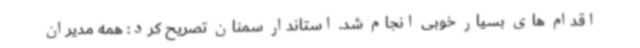
اقدام های بسیار خوبی انجام شد. استاندار سمنان تصریح کرد: همه مدیران